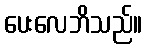
ပေးလေဘိသည်။